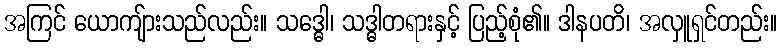
အကြင် ယောကျ်ားသည်လည်း။ သဒ္ဓေါ၊ သဒ္ဓါတရားနှင့် ပြည့်စုံ၏။ ဒါနပတိ၊ အလှူရှင်တည်း။